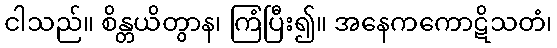
ငါသည်။ စိန္တယိတွာန၊ ကြံပြီး၍။ အနေကကောဋိသတံ၊